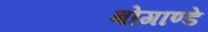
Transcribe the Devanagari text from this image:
बोगाण्डे